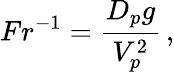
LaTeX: Fr^{-1}=\frac{D_{p}g}{V_{p}^{2}}\, ,